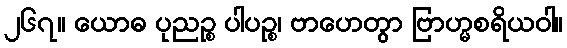
၂၆၇။ ယောဓ ပုညဉ္စ ပါပဉ္စ၊ ဗာဟေတွာ ဗြာဟ္မစရိယဝါ။